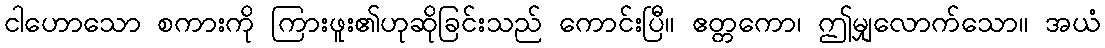
ငါဟောသော စကားကို ကြားဖူး၏ဟုဆိုခြင်းသည် ကောင်းပြီ။ ဧတ္တကော၊ ဤမျှလောက်သော။ အယံ